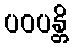
ပဝပန္တိ